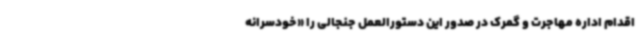
اقدام اداره مهاجرت و گمرک در صدور این دستورالعمل جنجالی را «خودسرانه